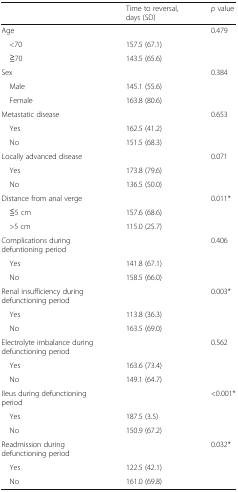
<table><thead><tr><td></td><td><b>Time to reversal, days (SD)</b></td><td><b><i>p</i> value</b></td></tr></thead><tbody><tr><td>Age</td><td></td><td>0.479</td></tr><tr><td> &lt;70</td><td>157.5 (67.1)</td><td></td></tr><tr><td> ≧70</td><td>143.5 (65.6)</td><td></td></tr><tr><td>Sex</td><td></td><td>0.384</td></tr><tr><td> Male</td><td>145.1 (55.6)</td><td></td></tr><tr><td> Female</td><td>163.8 (80.6)</td><td></td></tr><tr><td>Metastatic disease</td><td></td><td>0.653</td></tr><tr><td> Yes</td><td>162.5 (41.2)</td><td></td></tr><tr><td> No</td><td>151.5 (68.3)</td><td></td></tr><tr><td>Locally advanced disease</td><td></td><td>0.071</td></tr><tr><td> Yes</td><td>173.8 (79.6)</td><td></td></tr><tr><td> No</td><td>136.5 (50.0)</td><td></td></tr><tr><td>Distance from anal verge</td><td></td><td>0.011*</td></tr><tr><td> ≦5 cm</td><td>157.6 (68.6)</td><td></td></tr><tr><td> &gt;5 cm</td><td>115.0 (25.7)</td><td></td></tr><tr><td>Complications during defuntioning period</td><td></td><td>0.406</td></tr><tr><td> Yes</td><td>141.8 (67.1)</td><td></td></tr><tr><td> No</td><td>158.5 (66.0)</td><td></td></tr><tr><td>Renal insufficiency during defunctioning period</td><td></td><td>0.003*</td></tr><tr><td> Yes</td><td>113.8 (36.3)</td><td></td></tr><tr><td> No</td><td>163.5 (69.0)</td><td></td></tr><tr><td>Electrolyte imbalance during defunctioning period</td><td></td><td>0.562</td></tr><tr><td> Yes</td><td>163.6 (73.4)</td><td></td></tr><tr><td> No</td><td>149.1 (64.7)</td><td></td></tr><tr><td>Ileus during defunctioning period</td><td></td><td>&lt;0.001*</td></tr><tr><td> Yes</td><td>187.5 (3.5)</td><td></td></tr><tr><td> No</td><td>150.9 (67.2)</td><td></td></tr><tr><td>Readmission during defunctioning period</td><td></td><td>0.032*</td></tr><tr><td> Yes</td><td>122.5 (42.1)</td><td></td></tr><tr><td> No</td><td>161.0 (69.8)</td><td></td></tr></tbody></table>